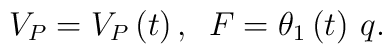
V_{P}=V_{P}\left( t\right) ,\,\,\,F=\theta _{1}\left( t\right) \,q.